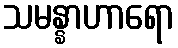
သမန္နာဟာရော